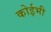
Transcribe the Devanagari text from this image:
कोईभी